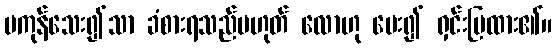
မကုန်သေး၍သာ ခံစားရသည်မဟုတ် လောဟု မေး၍ ရှင်းပြထား၏။